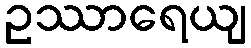
ဥဿာရေယျ